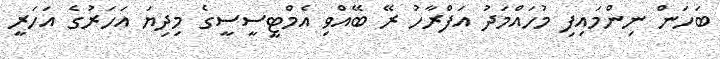
ބަހަން ނިންމައިފި މުހައްމަދު އަފްރާހު ރޭ ބޭއްވި އެމްޓީސީސީގެ މިދިޔަ އަހަރުގެ އަހަރީ